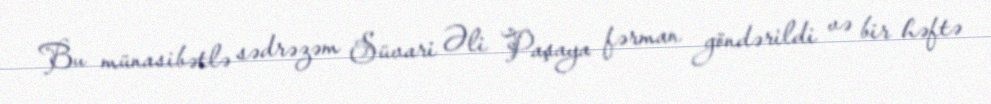
Bu münasibətlə sədrəzəm Süvari Əli Paşaya fərman göndərildi və bir həftə